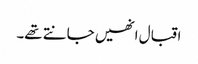
اقبال انھیں جانتے تھے۔